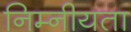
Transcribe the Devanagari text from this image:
निम्नीयता